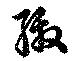
繳